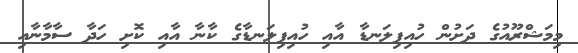
މިމަޝްރޫއުގެ ދަށުން ހުއިފިލަނޑާ އާއި ހުއިފިލަނޑާގެ ކާނާ އާއި ކޮށި ހަދާ ސާމާނާއި